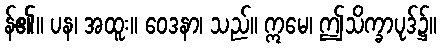
န်၏။ ပန၊ အထူး။ ဝေဒနာ၊ သည်။ ဣမေ၊ ဤသိက္ခာပုဒ်၌။